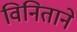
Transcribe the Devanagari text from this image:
विनिताने